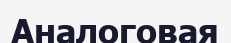
Аналоговая